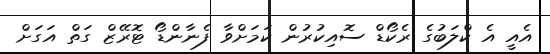
އެއީ އެ ކްލަބުގެ ރެކޯޑް ސޮއިކުރުން ކަމަށްވާ ފެނާންޑޯ ޓޮރޭޒް ގަތް އަގަށް